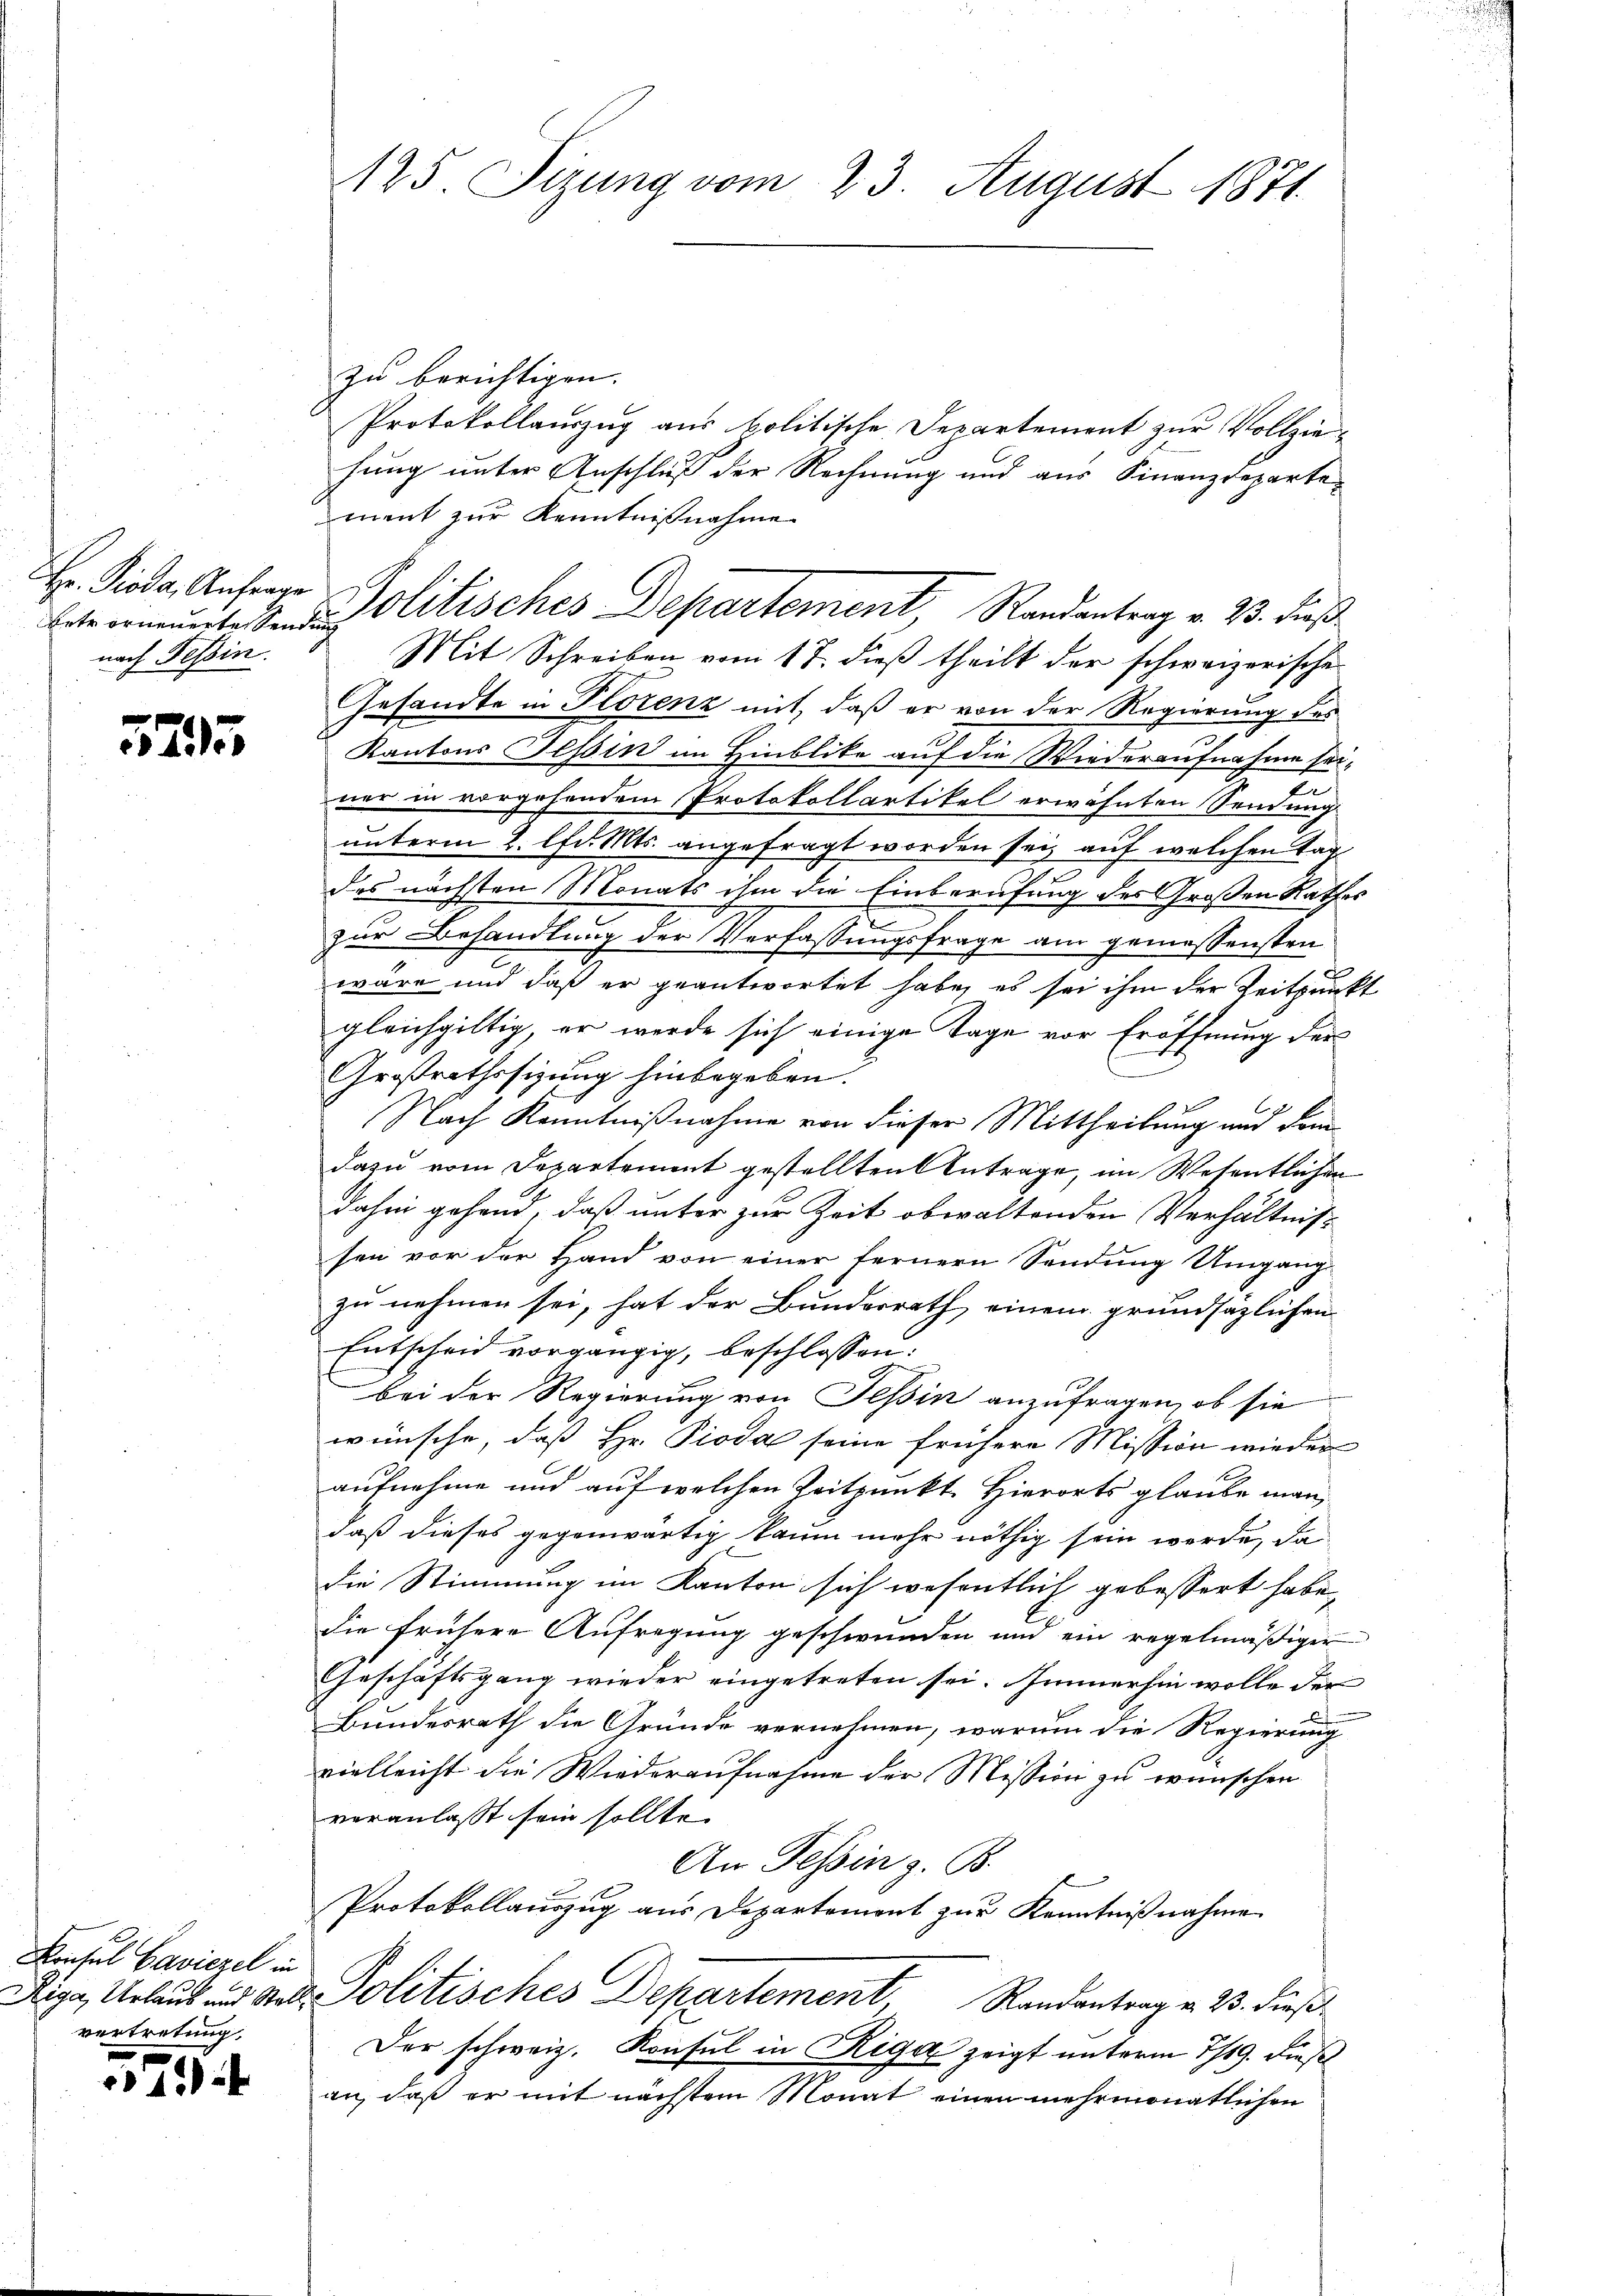
Hr. Pioda, Anfrage
nach Tessin.

75

Konsul Baviezel in
Riga Urlaub und Stallvertretung.

14.2

125. Sizung vom 23. August 1871.

zu berichtigen.
Protokollauszug aus politische Departement zur Vollziehung unter Anschluß der Rechnung und aus Finanzdeparte
ment zur Kenntnißnahme
Mit Schreiben vom 17. dieß theilt der schweizerische
Gesandte in Plorenz mit, daß er von der Regierung des
Kantons Tessin im Hinblicke auf die Wiederaufnahme sei¬
.
ner in vorgehendem Protokollartikel erwähnten Sendung
unterm 2. lfd. Mts. angefragt worden sei, auf welchen Tag
des nächsten Monats ihm die Einberufung des Großen Rathes
zur Behandlung der Verfassungsfrage am gemessensten
wäre und daß er geantwortet habe, es sei ihm der Zeitpunkt
gleichgültig, er werde sich einige Tage vor Eröffnung der
t
Großrathssizung hinbegeben.
Nach Kenntnißnahme von dieser Mittheilung und dem
dazu vom Departement gestellten Antrage, im Wesentlichen
dahin gehand, daß unter zur Zeit obwaltenden Verhältniss
sen vor der Hand von einer fernern Sendung Umgang
zu nehmen sei, hat der Bundesrath, einem grundsazlichen
Entscheid vorgängig, beschlossen:
bei der Regierung von Tessin anzufragen, ob sie
wünsche, daß Hr. Pioda seine frühere Mission wieder
aufnahme und auf welchen Zeitpunkt Hierorts glaube man
daß dieses gegenwärtig kaum mehr nöthig sein werde, da
die Stimmung im Kanton sich wesentlich gebessert habe,
die frühere Aufregung geschwunden und ein regelmäßiger
Geschäftsgang wieder eingetreten sei. Immerhin wolle der
Bundesrath die Gründe vernehmen, warum die Regierung
vielleicht die Wiederaufnahme der Mission zu wünschen
veranlasst sein sollte.
An Tessin z. B.
Protokollauszug aus Departement zur Kenntnißnahme
Politisches Departement Randantrag v. 25. dieß
Der schweiz. Konsul in Riga zeigt unterm 7/19. Dieß
an, daß er mit nächstem Monat einen mehrmonatlichen

betrenunteren Politisches Departement Randantrag v. 23. dieß